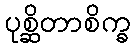
ပုစ္ဆိတာစိက္ခ